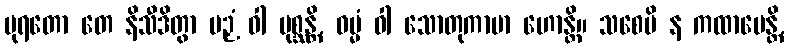
ပုရတော တေ နိသီဒိတွာ ပဉှံ ဝါ ပုစ္ဆန္တိ, ဓမ္မံ ဝါ သောတုကာမာ ဟောန္တိ။ သစေပိ န ကထာပေန္တိ,